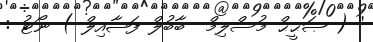
'' ( ޞަޙީޙް މުސްލިމް  ބާބުލް ފަޟާއިލް ) ނޯޓު :